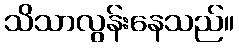
သိသာလွန်းနေသည်။